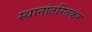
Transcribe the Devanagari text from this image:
स्थानांतरितकर